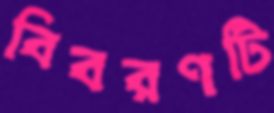
বিবরণটি